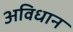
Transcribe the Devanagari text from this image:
अविधान